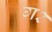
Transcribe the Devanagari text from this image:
ग२